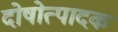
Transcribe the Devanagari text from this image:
दोषोत्पादक